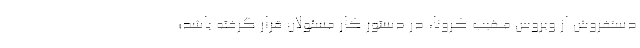
دستفروش از ویروس مهیب کرونا، در دستور کار مسئولان قرار گرفته باشد؛